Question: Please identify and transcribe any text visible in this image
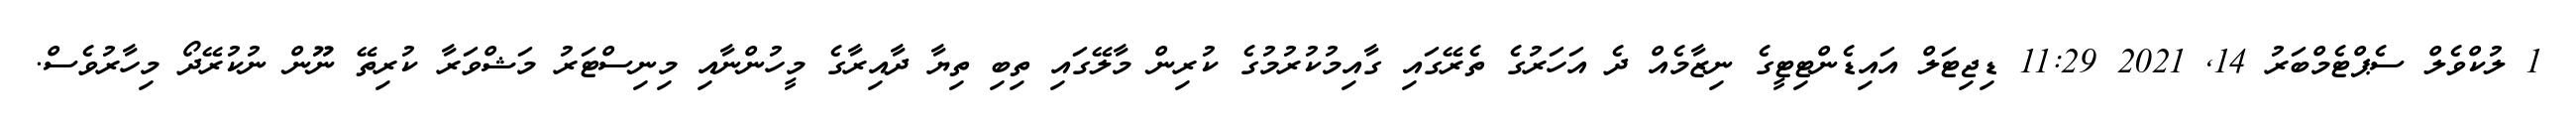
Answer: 1 ލުކްވެލް ސެޕްޓެމްބަރު 14, 2021 11:29 ޑިޖިޓަލް އައިޑެންޓިޓީގެ ނިޒާމެއް ދެ އަހަރުގެ ތެރޭގައި ގާއިމުކުރުމުގެ ކުރިން މާލޭގައި ތިބި ތިޔާ ދާއިރާގެ މީހުންނާއި މިނިސްޓަރު މަޝްވަރާ ކުރިތޭ ނޫން ނުކުރޭދޯ މިހާރުވެސް.